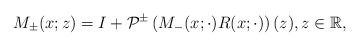
\begin{align*}M_{\pm}(x;z)=I+\mathcal{P}^{\pm}\left(M_{-}(x; \cdot) R(x ;\cdot)\right)(z), z \in \mathbb{R},\end{align*}